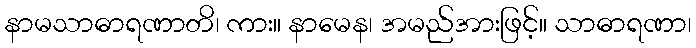
နာမသာဓာရဏာတိ၊ ကား။ နာမေန၊ အမည်အားဖြင့်။ သာဓာရဏာ၊